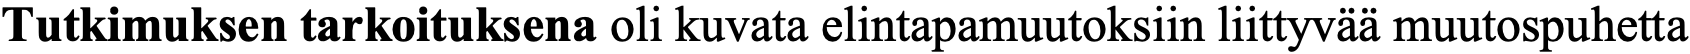
Tutkimuksen tarkoituksena oli kuvata elintapamuutoksiin liittyvää muutospuhetta